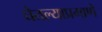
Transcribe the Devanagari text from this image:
घेतल्याप्रमाणे